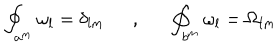
\oint _ { a ^ { m } } \omega _ { l } = \delta _ { l m } , \oint _ { b ^ { m } } \omega _ { l } = \Omega _ { l m }